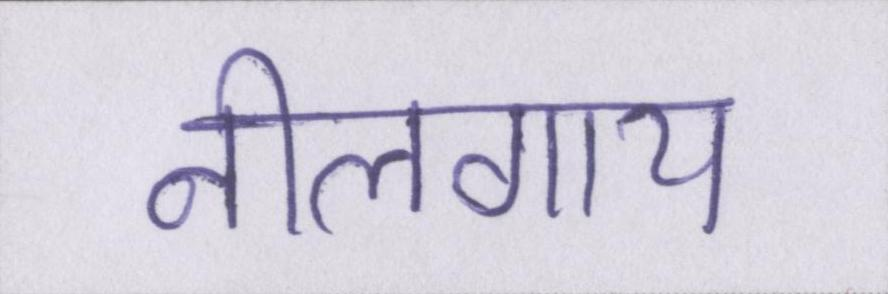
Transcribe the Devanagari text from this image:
नीलगाय